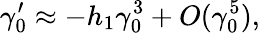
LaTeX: \gamma_{0}^{\prime}\approx-h_{1}\gamma_{0}^{3}+O(\gamma_{0}^{5}),